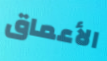
الأعماق